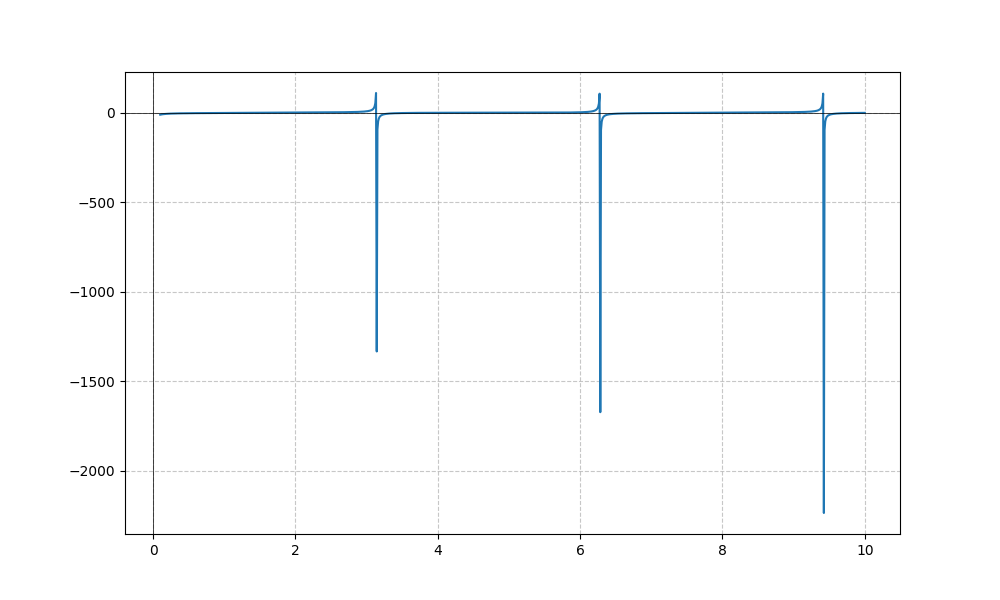
LaTeX formula: - \cos{\left(x \right)} - \cot{\left(x \right)}